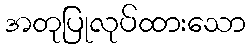
အတုပြုလုပ်ထားသော